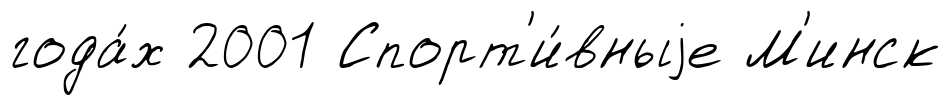
года́х 2001 Спорт'и́вныjе М'инск